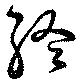
終